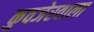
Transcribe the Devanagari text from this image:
कुवजेरवाला